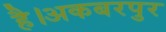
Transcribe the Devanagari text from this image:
है।अकबरपुर